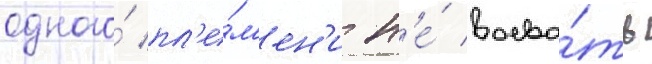
одного́ пл'е́м'ен'и н'е́ воева́ть